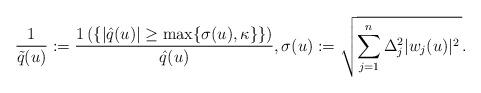
LaTeX: \begin{align*}\frac{1}{\tilde{q}(u)}:=\frac{1\left(\{|\hat{q}(u)|\geq \max\{ \sigma(u),\kappa\} \}\right)}{\hat{q}(u)}, \sigma(u):= \sqrt{ \sum_{j=1}^{n} \Delta_j^2 |w_j(u)|^2\, }. \end{align*}